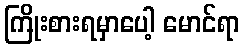
ကြိုးစားရမှာပေါ့ မောင်ရာ